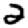
Digit: 2